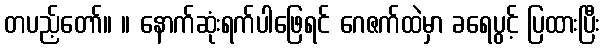
တပည့်တော်။ ။ နောက်ဆုံးရက်ပါဖြေရင် ဂေဇက်ထဲမှာ ခရေပွင့် ပြထားပြီး